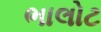
ભાલોટ